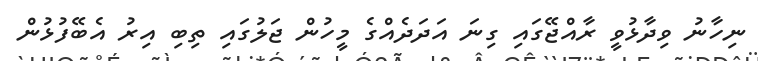
ނިހާނު ވިދާޅުވީ ރާއްޖޭގައި ގިނަ އަދަދެއްގެ މީހުން ޖަލުގައި ތިބި އިރު އެބޭފުޅުން